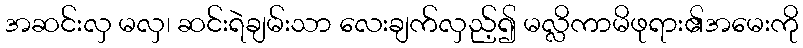
အဆင်းလှ မလှ၊ ဆင်းရဲချမ်းသာ လေးချက်လှည့်၍ မလ္လိကာမိဖုရား၏အမေးကို